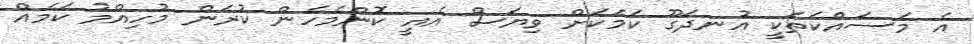
އެ މަސައްކަތަކީ އުނދަގޫ ކަމަކަށް ވިޔަސް އެއީ ކޮންމެހެން ކުރަން މުހިއްމު ކަމެއް